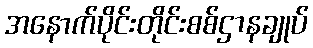
အနောက်ပိုင်းတိုင်းစစ်ဌာနချုပ်